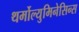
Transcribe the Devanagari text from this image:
थर्मोल्युमिनेसिन्स